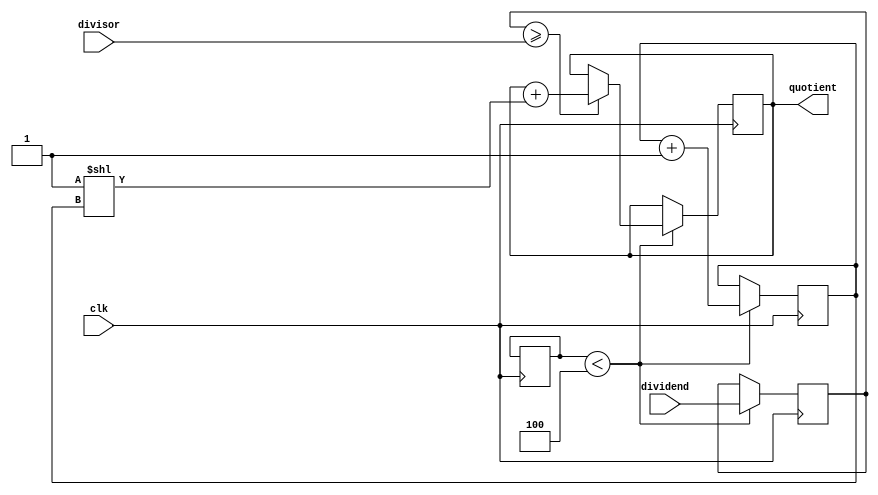
module Fractional_Divider (
    input wire [7:0] dividend,
    input wire [7:0] divisor,
    input wire clk,
    output reg [7:0] quotient
);

reg [7:0] remainder;
reg [3:0] precision;
reg [2:0] shift_count;
reg [7:0] shifted_dividend;

always @(posedge clk) begin
    if (precision < 4) begin
        shifted_dividend <= {dividend[7], dividend}; // shift dividend left by 1 bit
        if (shifted_dividend >= divisor) begin
            remainder <= shifted_dividend - divisor;
            quotient <= quotient + (1 << shift_count);
        end else begin
            remainder <= shifted_dividend;
        end
        
        shift_count <= shift_count + 1;
        if (shift_count == 8) begin
            shift_count <= 0;
            precision <= precision + 1;
        end
    end
end

endmodule